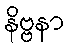
နိဗ္ဗနာ